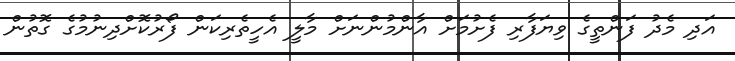
އަދި މެދު ފަންތީގެ ވިޔަފާރި ފެށުމަށް އާންމުންނަށް މާލީ އެހީތެރިކަން ފޯރުކޮށްދިނުމުގެ ގޮތުން